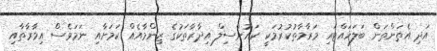
އަދި އެތަންތަން ބަލަހައްޓައި މަރާމާތުކުރުމަކީ ކައުންސިލް އިދާރާތަކުގެ ޒިންމާއެއް ކަމަށާއި ނަމަވެސް އިމާރާތާއި